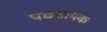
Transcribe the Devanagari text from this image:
पंचशायक